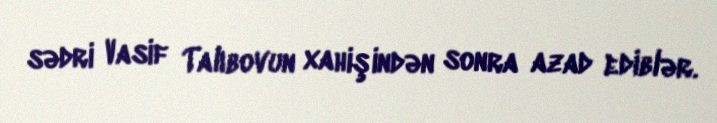
sədri Vasif Talıbovun xahişindən sonra azad ediblər.